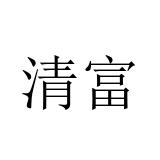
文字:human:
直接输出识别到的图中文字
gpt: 清富